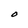
Character: O